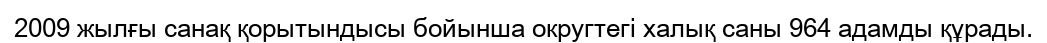
2009 жылғы санақ қорытындысы бойынша округтегі халық саны 964 адамды құрады.